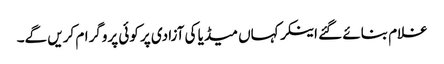
غلام بنائے گئے اینکر کہاں میڈیا کی آزادی پر کوئی پروگرام کریں گے۔